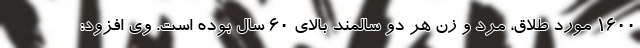
۱۶۰۰ مورد طلاق، مرد و زن هر دو سالمند بالای ۶۰ سال بوده است. وی افزود: